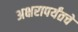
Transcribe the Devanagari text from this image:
अक्षरापर्यंतचे